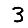
Digit: 3